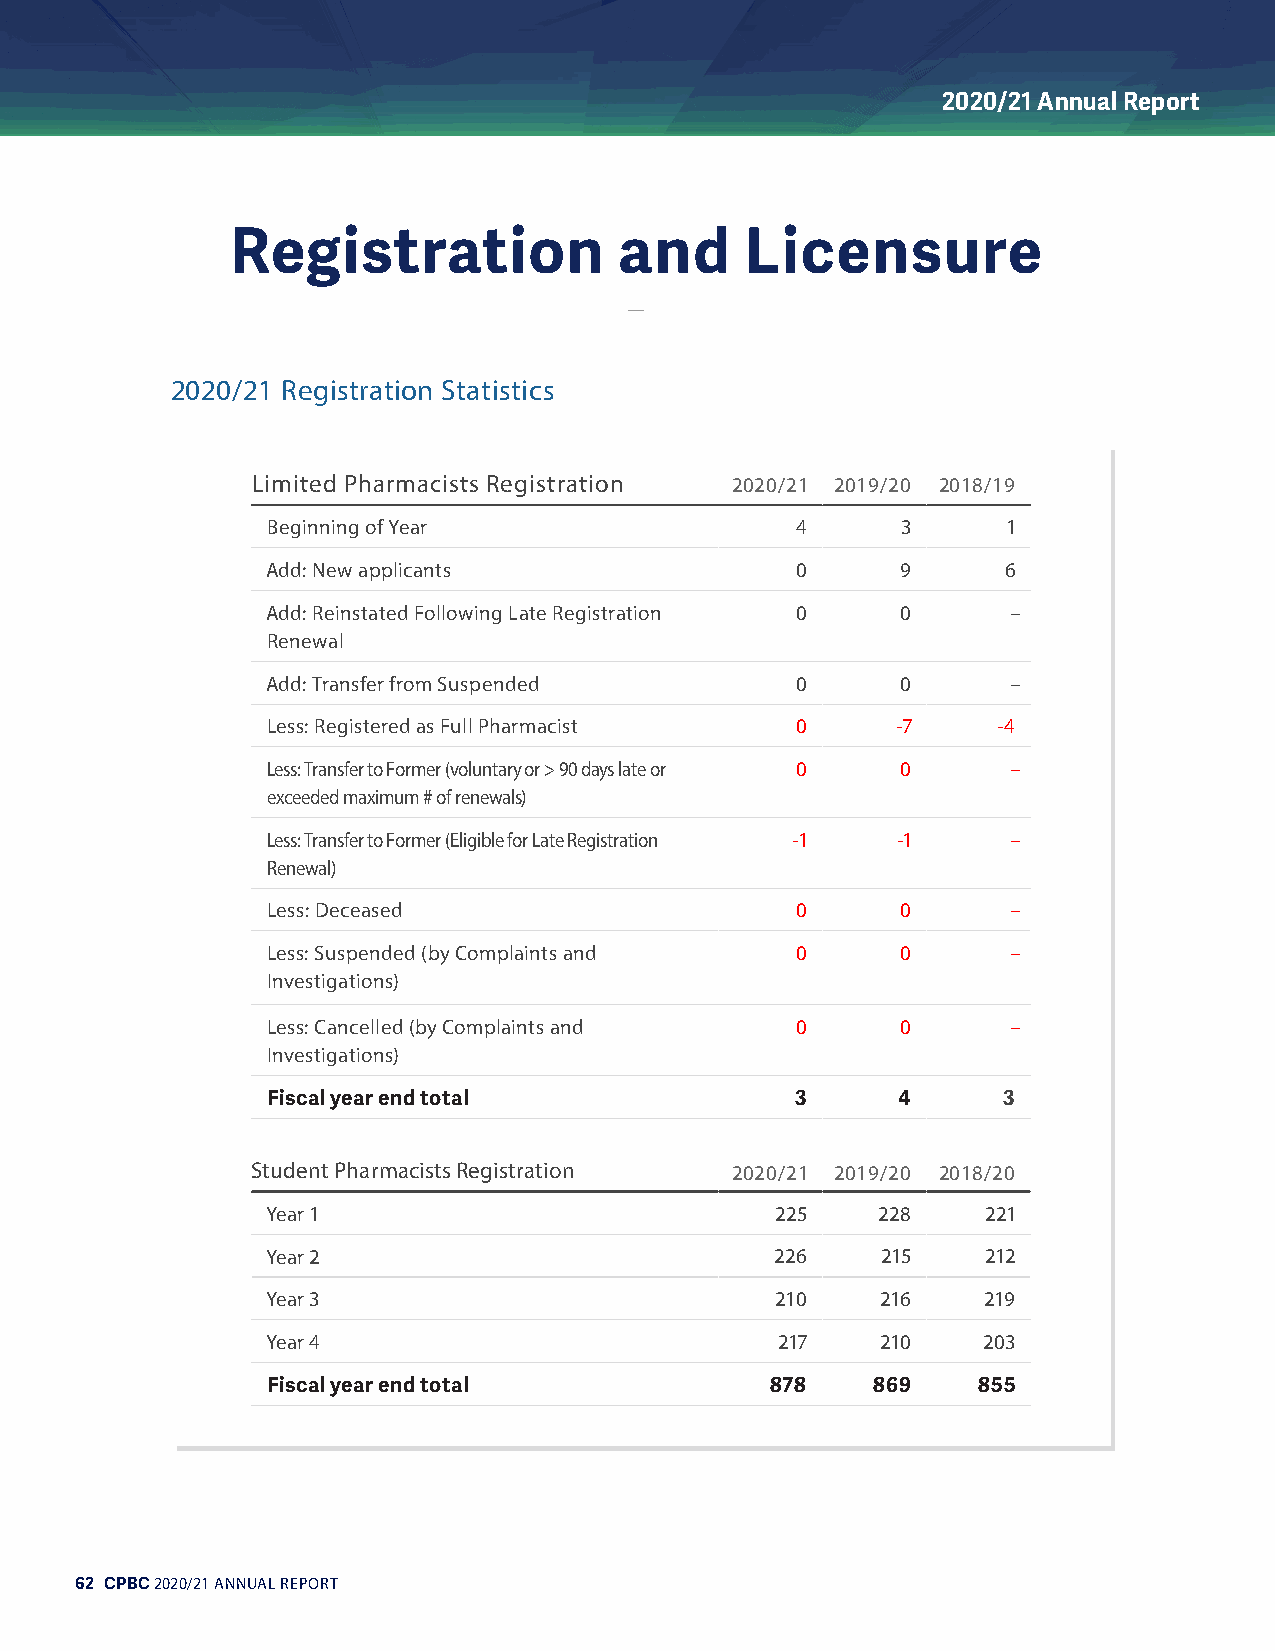
2020/21 Annual Report
 Registration              and     Licensure
 2020/21 Registration Statistics
 Limited Pharmacists Registration 2020/21 2019/20 2018/19
 Beginning of Year                  4      3      1
 Add: New applicants                0      9      6
 Add: Reinstated Following Late Registration 0 0  –
 Renewal
 Add: Transfer from Suspended       0      0      –
 Less: Registered as Full Pharmacist 0    -7     -4
 Less: Transfer to Former (voluntary or > 90 days late or 0 0 –
 exceeded maximum # of renewals)
 Less: Transfer to Former (Eligible for Late Registration -1 -1 –
 Renewal)
 Less: Deceased                     0      0      –
 Less: Suspended (by Complaints and 0      0      –
 Investigations)
 Less: Cancelled (by Complaints and 0      0      –
 Investigations)
 Fiscal year end total              3     4      3
 Student Pharmacists Registration 2020/21 2019/20 2018/20
 Year 1                           225    228    221
 Year 2                           226    215    212
 Year 3                           210    216    219
 Year 4                           217    210    203
 Fiscal year end total            878    869    855
 62 CPBC 2020/21 ANNUAL REPORT